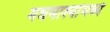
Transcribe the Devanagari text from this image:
मधमाश्यांमध्ये